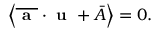
\left\langle \overline { { \textbf { a } } } \cdot \textbf { u } + \bar { A } \right\rangle = 0 .